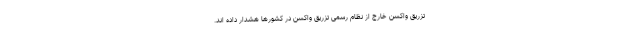
تزریق واکسن خارج از نظام رسمی تزریق واکسن در کشورها هشدار داده اند.